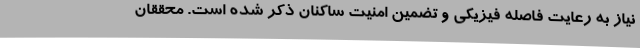
نیاز به رعایت فاصله فیزیکی و تضمین امنیت ساکنان ذکر شده است. محققان